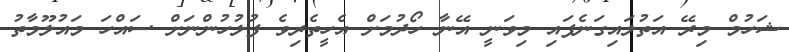
ޝަހުމް މިރޭ އަތުލައިގަނެފައި މިވަނީ އޭނާ ހޯދުމަށް އެހީތެރިވެ ފުލުހުންނަށް ސައްހަ މައުލޫމާތު